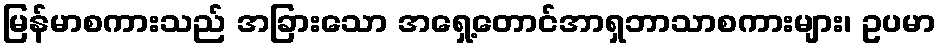
မြန်မာစကားသည် အခြားသော အရှေ့တောင်အာရှဘာသာစကားများ၊ ဥပမာ